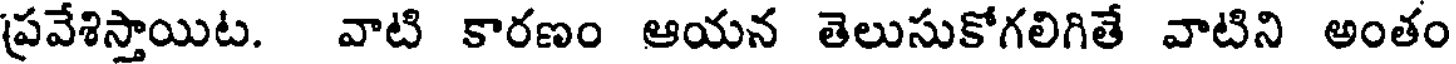
ప్రవేశిస్తాయిట. వాటి కారణం ఆయన తెలుసుకోగలిగితే వాటిని అంతం